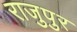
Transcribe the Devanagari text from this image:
राजुपुर